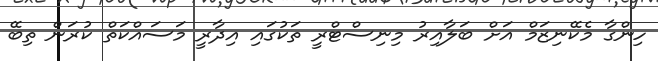
ހިންގާ މެކޭނިޒަމް އަށް ބަލާއިރު މިނިސްޓްރީ ތަކުގައި އިދާރީ މަސައްކަތް ކުރަން ތިބޭ